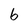
Character: 6